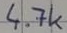
Text: 4.7k